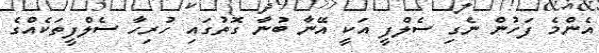
އެންމެ ފަހުން ނެގި ސެލްފީ އަކީ އޭނާ ބުނާ ގޮތުގައި ހުރިހާ ސެލްފީތަކެއްގެ